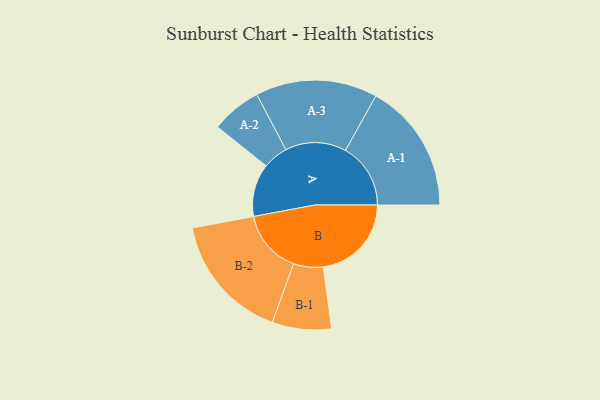
{"axis": {"x": "Segment", "y": "Value"}, "legend": ["", "A", "B"], "data": [{"x": "A", "y": 239, "type": ""}, {"x": "B", "y": 399, "type": ""}, {"x": "A-1", "y": 295, "type": "A"}, {"x": "A-2", "y": 114, "type": "A"}, {"x": "A-3", "y": 276, "type": "A"}, {"x": "B-1", "y": 134, "type": "B"}, {"x": "B-2", "y": 288, "type": "B"}]}